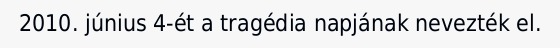
2010. június 4-ét a tragédia napjának nevezték el.